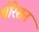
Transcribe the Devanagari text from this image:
थोरेसन